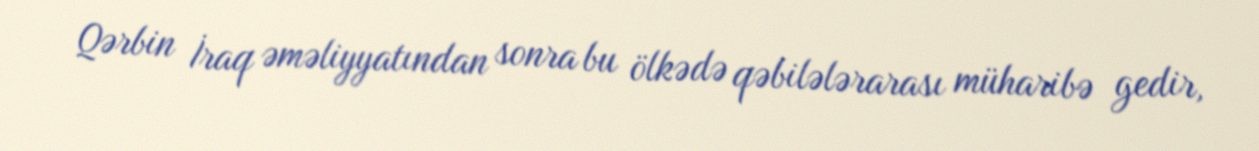
Qərbin İraq əməliyyatından sonra bu ölkədə qəbilələrarası müharibə gedir,